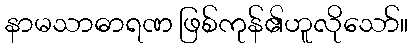
နာမသာဓာရဏ ဖြစ်ကုန်၏ဟူလိုသော်။